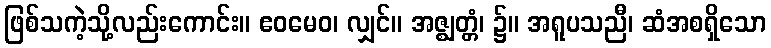
ဖြစ်သကဲ့သို့လည်းကောင်း။ ဧဝမေဝ၊ လျှင်။ အဇ္ဈတ္တံ၊ ၌။ အရူပသညီ၊ ဆံအစရှိသော